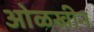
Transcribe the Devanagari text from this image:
ओळखीन